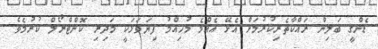
ޑެންގީ ބަލިން ރައްކާތެރިކުރުމަށް އެޅޭ އެއްމެ މުހިއްމު ފިޔަވަޅަކީ މަދިރި ކޮންޓްރޯލް ކުރުމެވެ.